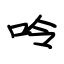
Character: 呤